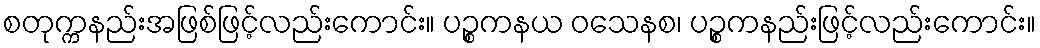
စတုက္ကနည်းအဖြစ်ဖြင့်လည်းကောင်း။ ပဉ္စကနယ ဝသေနစ၊ ပဉ္စကနည်းဖြင့်လည်းကောင်း။